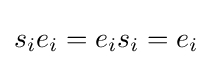
s_{i}e_{i}=e_{i}s_{i}=e_{i}